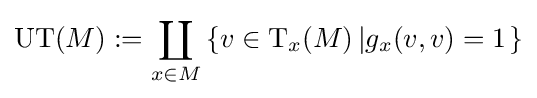
\mathrm {UT} (M):=\coprod _{x\in M}\left\{v\in \mathrm {T} _{x}(M)\left|g_{x}(v,v)=1\right.\right\}